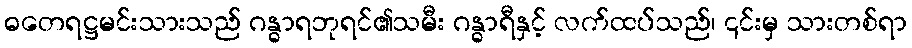
ဓတေရဋ္ဌမင်းသားသည် ဂန္ဓာရဘုရင်၏သမီး ဂန္ဓာရီနှင့် လက်ထပ်သည်၊ ၎င်းမှ သားတစ်ရာ